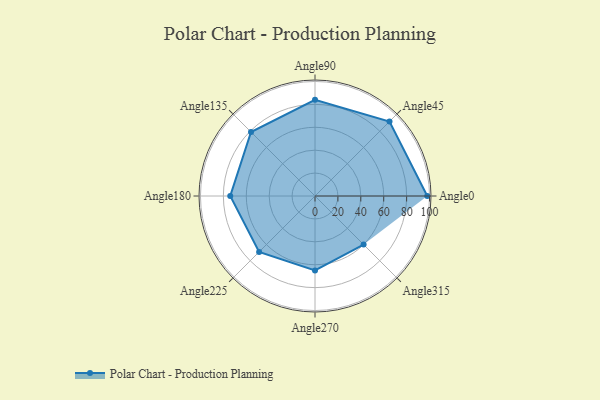
{"axis": {"x": "Angle", "y": "Radius"}, "legend": [""], "data": [{"x": "Angle0", "y": 98.0, "type": ""}, {"x": "Angle45", "y": 92.0, "type": ""}, {"x": "Angle90", "y": 84.0, "type": ""}, {"x": "Angle135", "y": 79.0, "type": ""}, {"x": "Angle180", "y": 74.0, "type": ""}, {"x": "Angle225", "y": 69.0, "type": ""}, {"x": "Angle270", "y": 65.0, "type": ""}, {"x": "Angle315", "y": 60.0, "type": ""}]}